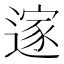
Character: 𮞼